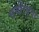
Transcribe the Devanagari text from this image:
समीरबुवा